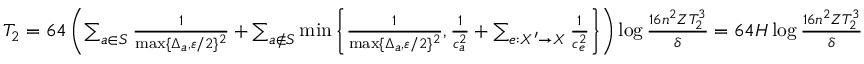
\begin{array} { r } { T _ { 2 } = 6 4 \left( \sum _ { a \in S } \frac { 1 } { \operatorname* { m a x } \{ \Delta _ { a } , \varepsilon / 2 \} ^ { 2 } } + \sum _ { a \notin S } \operatorname* { m i n } \left\{ \frac { 1 } { \operatorname* { m a x } \{ \Delta _ { a } , \varepsilon / 2 \} ^ { 2 } } , \frac { 1 } { c _ { a } ^ { 2 } } + \sum _ { e : X ^ { \prime } \to X } \frac { 1 } { c _ { e } ^ { 2 } } \right\} \right) \log \frac { 1 6 n ^ { 2 } Z T _ { 2 } ^ { 3 } } { \delta } = 6 4 H \log \frac { 1 6 n ^ { 2 } Z T _ { 2 } ^ { 3 } } { \delta } } \end{array}